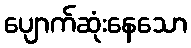
ပျောက်ဆုံးနေသော